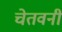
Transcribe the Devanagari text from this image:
चेतवनी